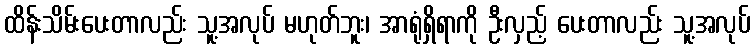
ထိန်းသိမ်းပေးတာလည်း သူ့အလုပ် မဟုတ်ဘူး၊ အာရုံရှိရာကို ဦးလှည့် ပေးတာလည်း သူ့အလုပ်